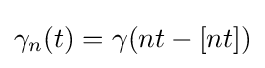
\gamma _{n}(t)=\gamma (nt-[nt])